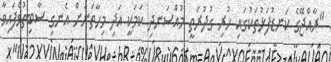
"ރާއްޖޭގެ ކަނޑުފަޅުތަކުގައި ހުރި ގުދުރަތީ މުއްސަނދި ކަމަކީ އަދި މިހާތަނަށް އެނގި ސާބިތުވެފައިވާ